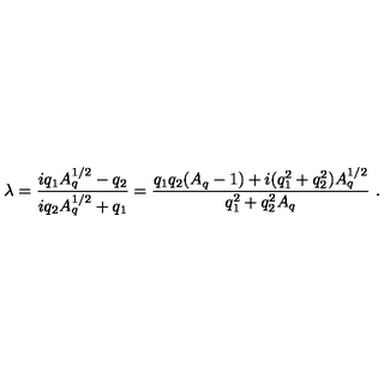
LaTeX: \lambda = { \frac { i q _ { 1 } A _ { q } ^ { 1 / 2 } - q _ { 2 } } { i q _ { 2 } A _ { q } ^ { 1 / 2 } + q _ { 1 } } } = { \frac { q _ { 1 } q _ { 2 } ( A _ { q } - 1 ) + i ( q _ { 1 } ^ { 2 } + q _ { 2 } ^ { 2 } ) A _ { q } ^ { 1 / 2 } } { q _ { 1 } ^ { 2 } + q _ { 2 } ^ { 2 } A _ { q } } } \ .